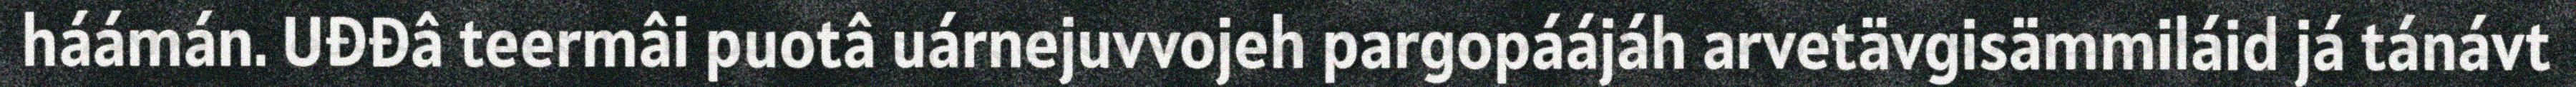
háámán. Uđđâ teermâi puotâ uárnejuvvojeh pargopáájáh arvetävgisämmiláid já tánávt